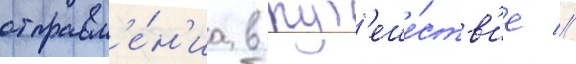
отправл'е́н'иа в пут'еше́ств'ие //